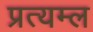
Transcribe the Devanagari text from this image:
प्रत्यम्ल